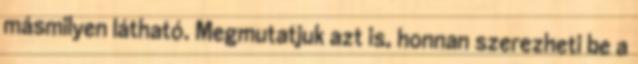
másmilyen látható. Megmutatjuk azt is, honnan szerezheti be a